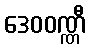
ဒေဝဝဏ္ဏီ